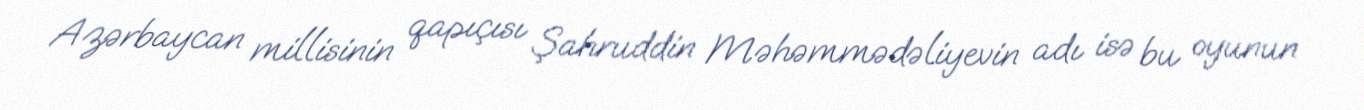
Azərbaycan millisinin qapıçısı Şahruddin Məhəmmədəliyevin adı isə bu oyunun